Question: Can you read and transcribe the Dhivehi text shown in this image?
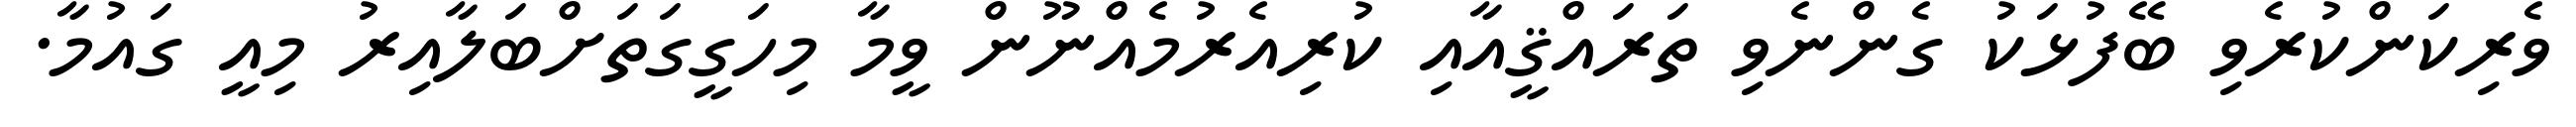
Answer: ވެރިކަންކުރެވި ބޭފުޅަކު ގެންނެވި ތަރައްޤީއާއި ކުރިއެރުމެއްނޫން ވީމާ މިހަގީގަތަށްބަލާއިރު މިއީ ގައުމާ.